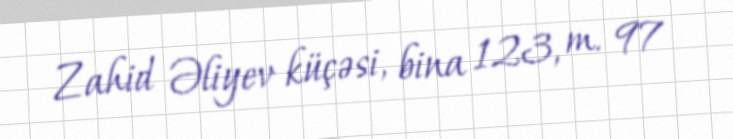
Zahid Əliyev küçəsi, bina 123, m. 97